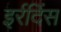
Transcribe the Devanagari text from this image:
इर्रदिंस